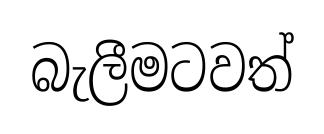
බැලීමටවත්